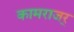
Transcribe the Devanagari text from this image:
कामराजर्